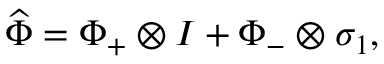
\widehat { \Phi } = \Phi _ { + } \otimes I + \Phi _ { - } \otimes \sigma _ { 1 } ,